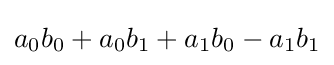
a_{0}b_{0}+a_{0}b_{1}+a_{1}b_{0}-a_{1}b_{1}